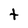
Character: t